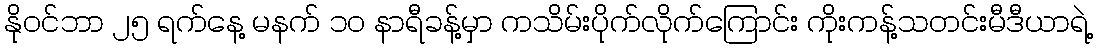
နိုဝင်ဘာ ၂၅ ရက်နေ့ မနက် ၁၀ နာရီခန့်မှာ ကသိမ်းပိုက်လိုက်ကြောင်း ကိုးကန့်သတင်းမီဒီယာရဲ့